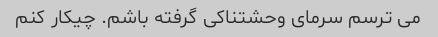
می ترسم سرمای وحشتناکی گرفته باشم. چیکار کنم